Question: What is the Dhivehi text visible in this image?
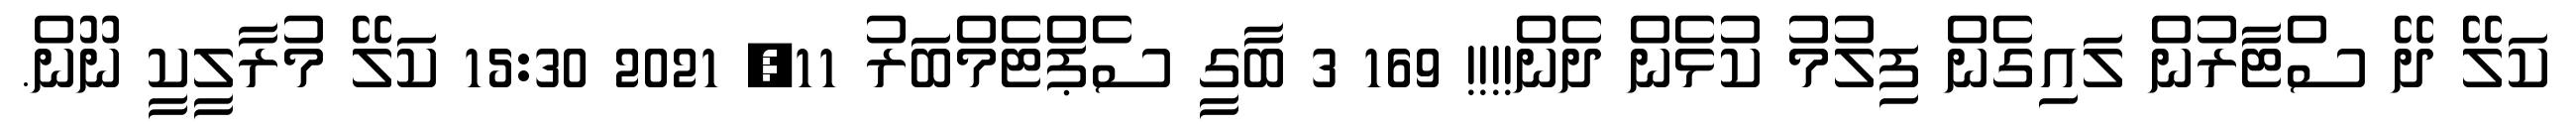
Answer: ކަލޭ ދޭ ސްޓާރުން ލައިގެން ފިލުމު ކުޅެން ދެން!!!! 169 3 ބާގީ ސެޕްޓެމްބަރު 11, 2021 15:30 ކަލޭ މުރާލީކީ ނޫން.